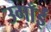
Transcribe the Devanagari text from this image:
उगाँईं